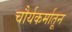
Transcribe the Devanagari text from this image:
चौर्यकर्मातून